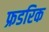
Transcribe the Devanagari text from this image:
फ्रडरिक